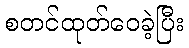
စတင်ထုတ်ဝေခဲ့ပြီး